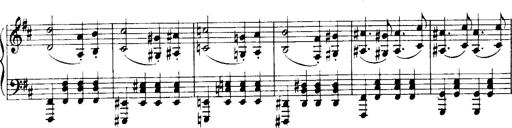
Title: Historische ungarische Bildnisse
Composer: Franz Liszt